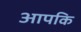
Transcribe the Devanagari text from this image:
आपकि